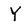
Character: Y